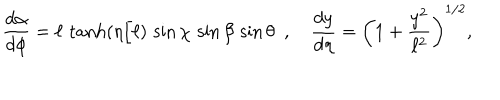
\frac { d \alpha } { d \phi } = \ell \, \tanh ( \eta / \ell ) \, \sin \chi \, \sin \beta \, \sin \theta \, \, \, , \, \, \, \, \, \, \frac { d y } { d \eta } = \left( 1 + \frac { y ^ { 2 } } { \ell ^ { 2 } } \right) ^ { 1 / 2 } ,